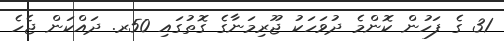
31 ގެ ފަހުން ކޮންމެ ދުވަހަކު ޖޫރިމަނާގެ ގޮތުގައި 50ރ. ދައްކަން ޖެހެ